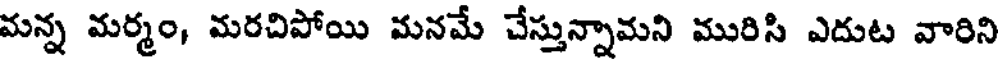
మన్న మర్మం, మరచిపోయి మనమే చేస్తున్నామని మురిసి ఎదుట వారిని